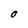
Character: O